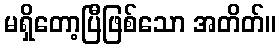
မရှိတော့ပြီဖြစ်သော အတိတ်။